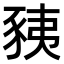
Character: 𧱅